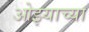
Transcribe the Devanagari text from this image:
ओझ्याच्या